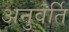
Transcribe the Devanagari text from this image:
अनुवर्ति